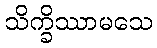
သိက္ခိဿာမသေ